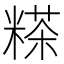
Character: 𥻹